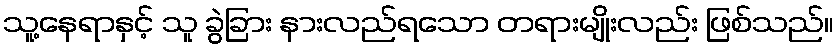
သူ့နေရာနှင့် သူ ခွဲခြား နားလည်ရသော တရားမျိုးလည်း ဖြစ်သည်။